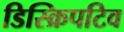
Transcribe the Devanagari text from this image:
डिस्क्रिपटिव